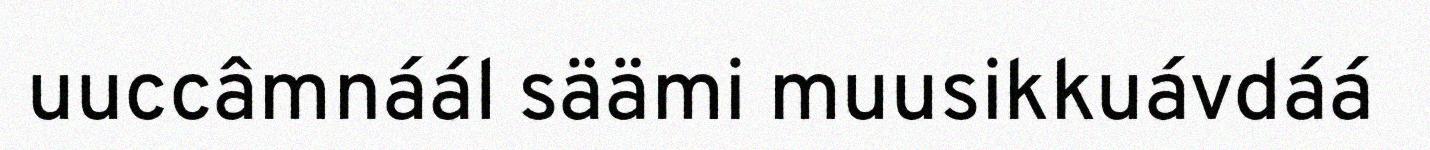
uuccâmnáál säämi muusikkuávdáá